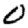
Digit: 0